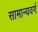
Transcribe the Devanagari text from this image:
सामान्यवर्ग